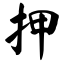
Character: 押